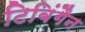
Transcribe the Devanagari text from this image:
टिबिंगैन